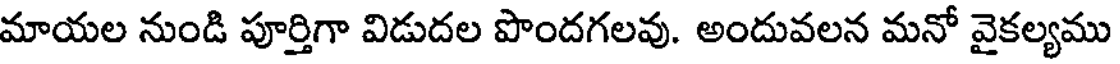
మాయల నుండి పూర్తిగా విడుదల పొందగలవు. అందువలన మనో వైకల్యము